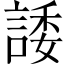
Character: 諉